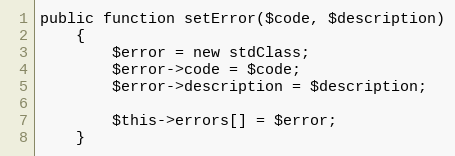
Language: PHP
public function setError($code, $description)
    {
        $error = new stdClass;
        $error->code = $code;
        $error->description = $description;

        $this->errors[] = $error;
    }